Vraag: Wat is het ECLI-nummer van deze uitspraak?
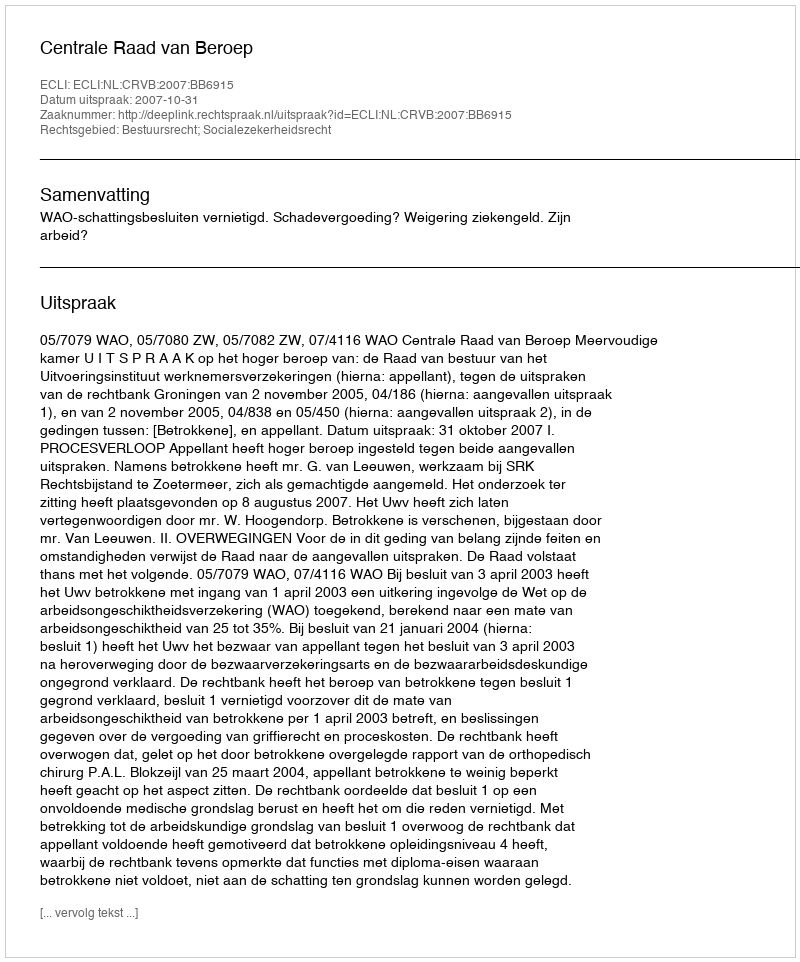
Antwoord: ECLI:NL:CRVB:2007:BB6915